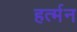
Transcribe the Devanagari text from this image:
हर्त्मन